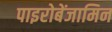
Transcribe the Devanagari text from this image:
पाइरोबेंजामिन